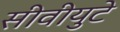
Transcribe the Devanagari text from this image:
सीवीयुटे